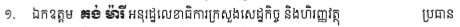
១. ឯកឧត្តម គង់ ម៉ារី អនុរដ្ឋលេខាធិការក្រសួងសេដ្ឋកិច្ច និងហិរញ្ញវត្ថូ ប្រធាន